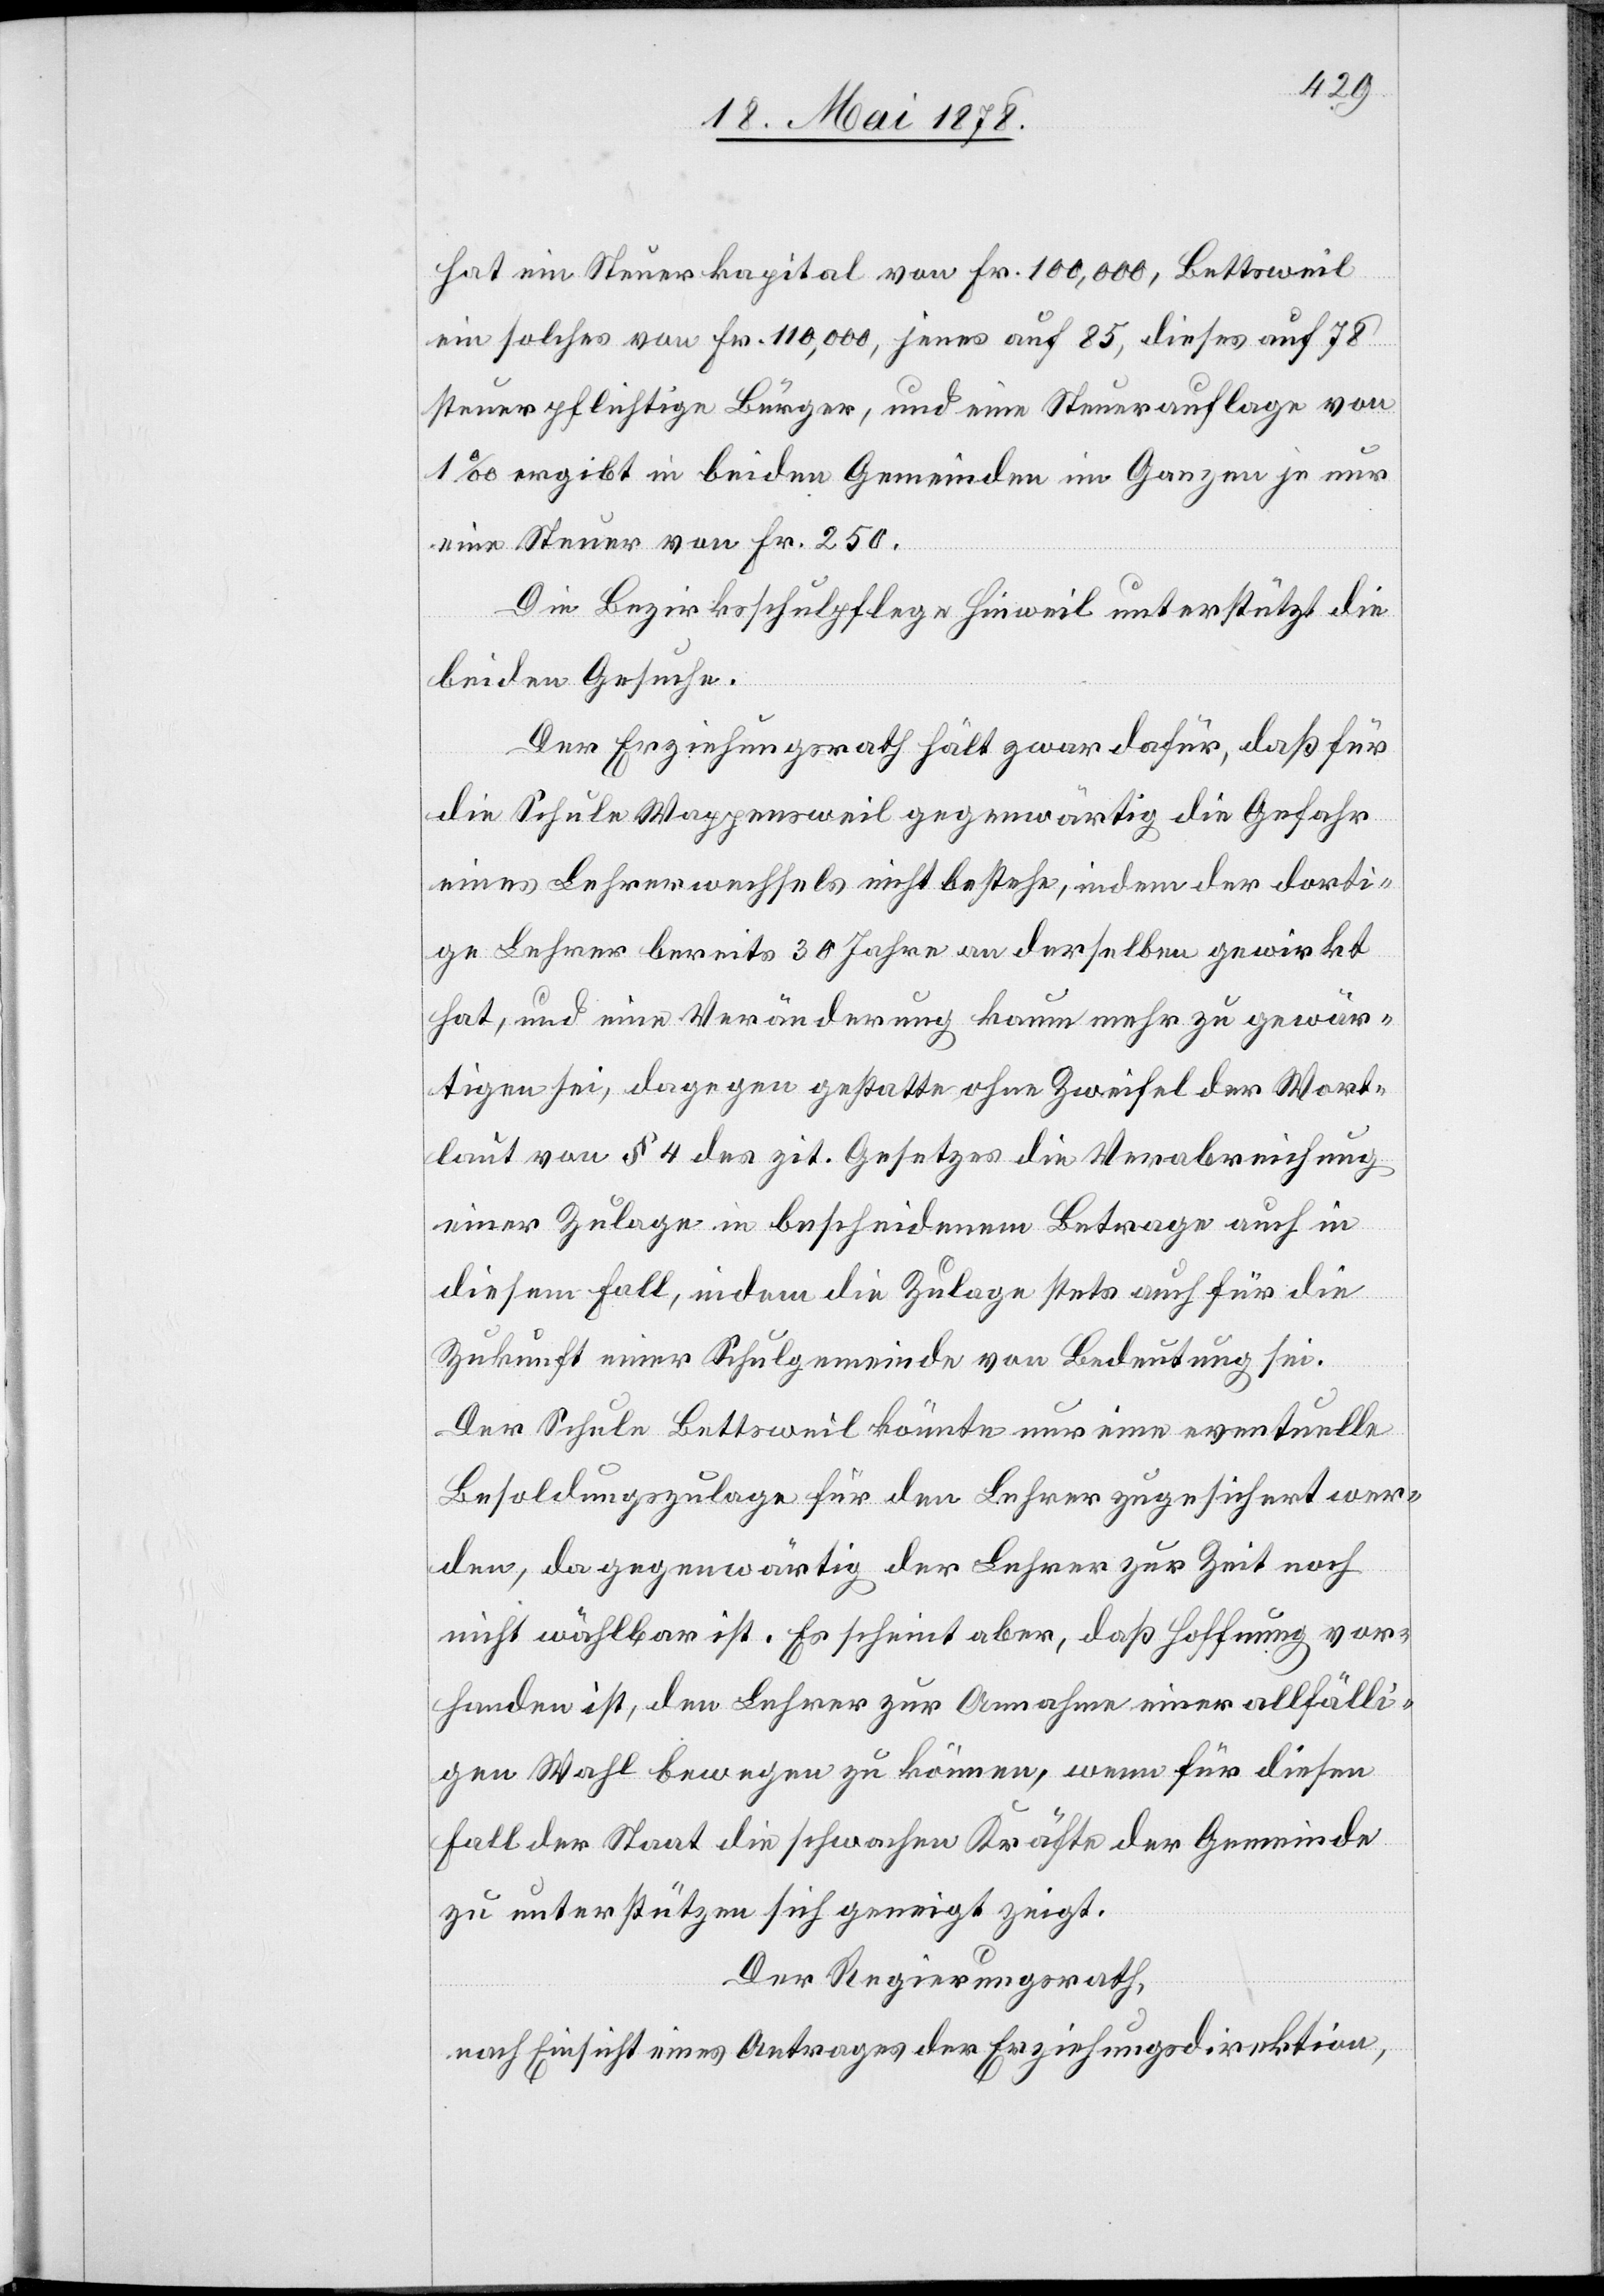
hat ein Steuerkapital von Fr. 100,000, Bettsweil
ein solches von Fr. 110,000, jenes auf 85, dieses auf 78
steuerpflichtige Bürger, und eine Steuerauflage von
1‰ ergibt in beiden Gemeinden im Ganzen je nur
eine Steuer von Fr. 250.
Die Bezirksschulpflege Hinweil unterstützt die
beiden Gesuche.
Der Erziehungsrath hält zwar dafür, daß für
die Schule Wappensweil gegenwärtig die Gefahr
eines Lehrerwechsels nicht bestehe, indem der dorti¬
ge Lehrer bereits 30 Jahre an derselben gewirkt
hat, und eine Veränderung kaum mehr zu gewär¬
tigen sei, dagegen gestatte ohne Zweifel der Wort¬
laut von § 4 des zit. Gesetzes die Verabreichung
einer Zulage in bescheidenem Betrage auch in
diesem Fall, indem die Zulage stets auch für die
Zukunft einer Schulgemeinde von Bedeutung sei.
Der Schule Bettsweil könnte nur eine eventuelle
Besoldungszulage für den Lehrer zugesichert wer¬
den, da gegenwärtig der Lehrer zur Zeit noch
nicht wählbar ist. Es scheint aber, daß Hoffnung vor¬
handen ist, den Lehrer zur Annahme einer allfälli¬
gen Wahl bewegen zu können, wenn für diesen
Fall der Staat die schwachen Kräfte der Gemeinde
zu unterstützen sich geneigt zeigt.
Der Regierungsrath,
nach Einsicht eines Antrages der Erziehungsdirektion,